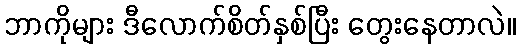
ဘာကိုများ ဒီလောက်စိတ်နှစ်ပြီး တွေးနေတာလဲ။